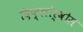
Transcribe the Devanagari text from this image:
दिक्लोर्वोस